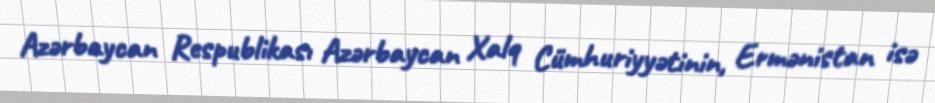
Azərbaycan Respublikası Azərbaycan Xalq Cümhuriyyətinin, Ermənistan isə